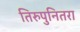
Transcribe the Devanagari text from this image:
तिरुपुनितरा